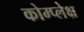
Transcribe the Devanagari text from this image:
कोम्प्लेक्ष